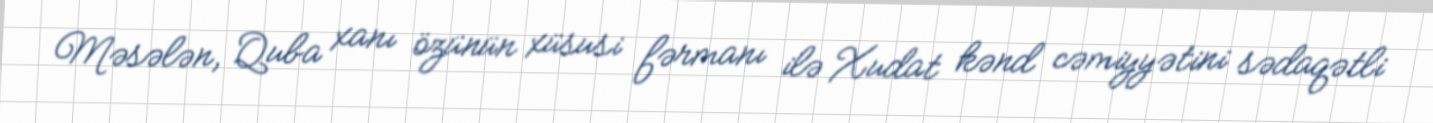
Məsələn, Quba xanı özünün xüsusi fərmanı ilə Xudat kənd cəmiyyətini sədaqətli